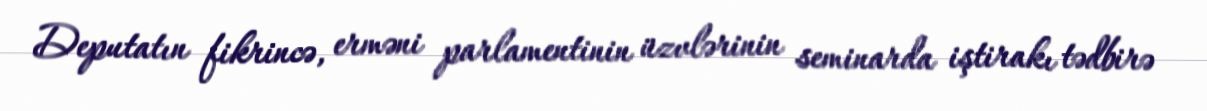
Deputatın fikrincə, erməni parlamentinin üzvlərinin seminarda iştirakı tədbirə